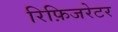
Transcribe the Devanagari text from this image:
रिफ़िजरेटर